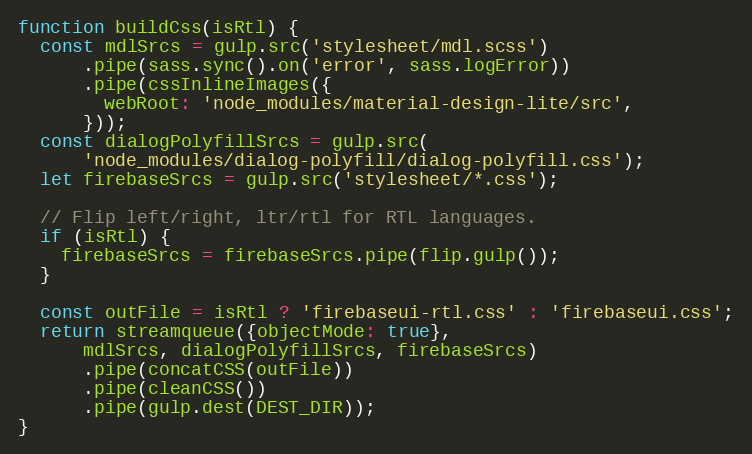
Language: JavaScript
function buildCss(isRtl) {
  const mdlSrcs = gulp.src('stylesheet/mdl.scss')
      .pipe(sass.sync().on('error', sass.logError))
      .pipe(cssInlineImages({
        webRoot: 'node_modules/material-design-lite/src',
      }));
  const dialogPolyfillSrcs = gulp.src(
      'node_modules/dialog-polyfill/dialog-polyfill.css');
  let firebaseSrcs = gulp.src('stylesheet/*.css');

  // Flip left/right, ltr/rtl for RTL languages.
  if (isRtl) {
    firebaseSrcs = firebaseSrcs.pipe(flip.gulp());
  }

  const outFile = isRtl ? 'firebaseui-rtl.css' : 'firebaseui.css';
  return streamqueue({objectMode: true},
      mdlSrcs, dialogPolyfillSrcs, firebaseSrcs)
      .pipe(concatCSS(outFile))
      .pipe(cleanCSS())
      .pipe(gulp.dest(DEST_DIR));
}